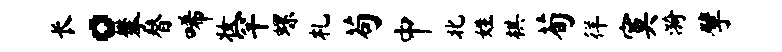
长。攀替唏妆罕螺札苟中北姓棋荀徉寞漪擘